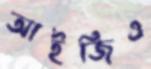
আইজিএ